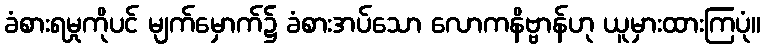
ခံစားရမှုကိုပင် မျက်မှောက်၌ ခံစားအပ်သော လောကနိဗ္ဗာန်ဟု ယူမှားထားကြပုံ။